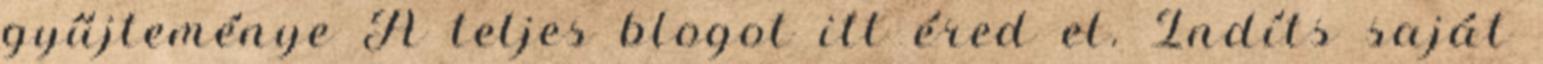
gyűjteménye A teljes blogot itt éred el. Indíts saját